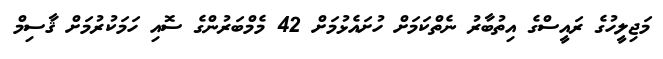
މަޖިލީހުގެ ރައީސްގެ އިތުބާރު ނެތްކަމަށް ހުށައެޅުމަށް 42 މެމްބަރުންގެ ސޮއި ހަމަކުރުމަށް ޤާސިމް